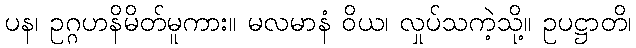
ပန၊ ဥဂ္ဂဟနိမိတ်မူကား။ မလမာနံ ဝိယ၊ လှုပ်သကဲ့သို့။ ဥပဋ္ဌာတိ၊